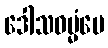
ဒေါသဓမ္မံပေ